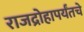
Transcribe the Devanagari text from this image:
राजद्रोहापर्यंतचे